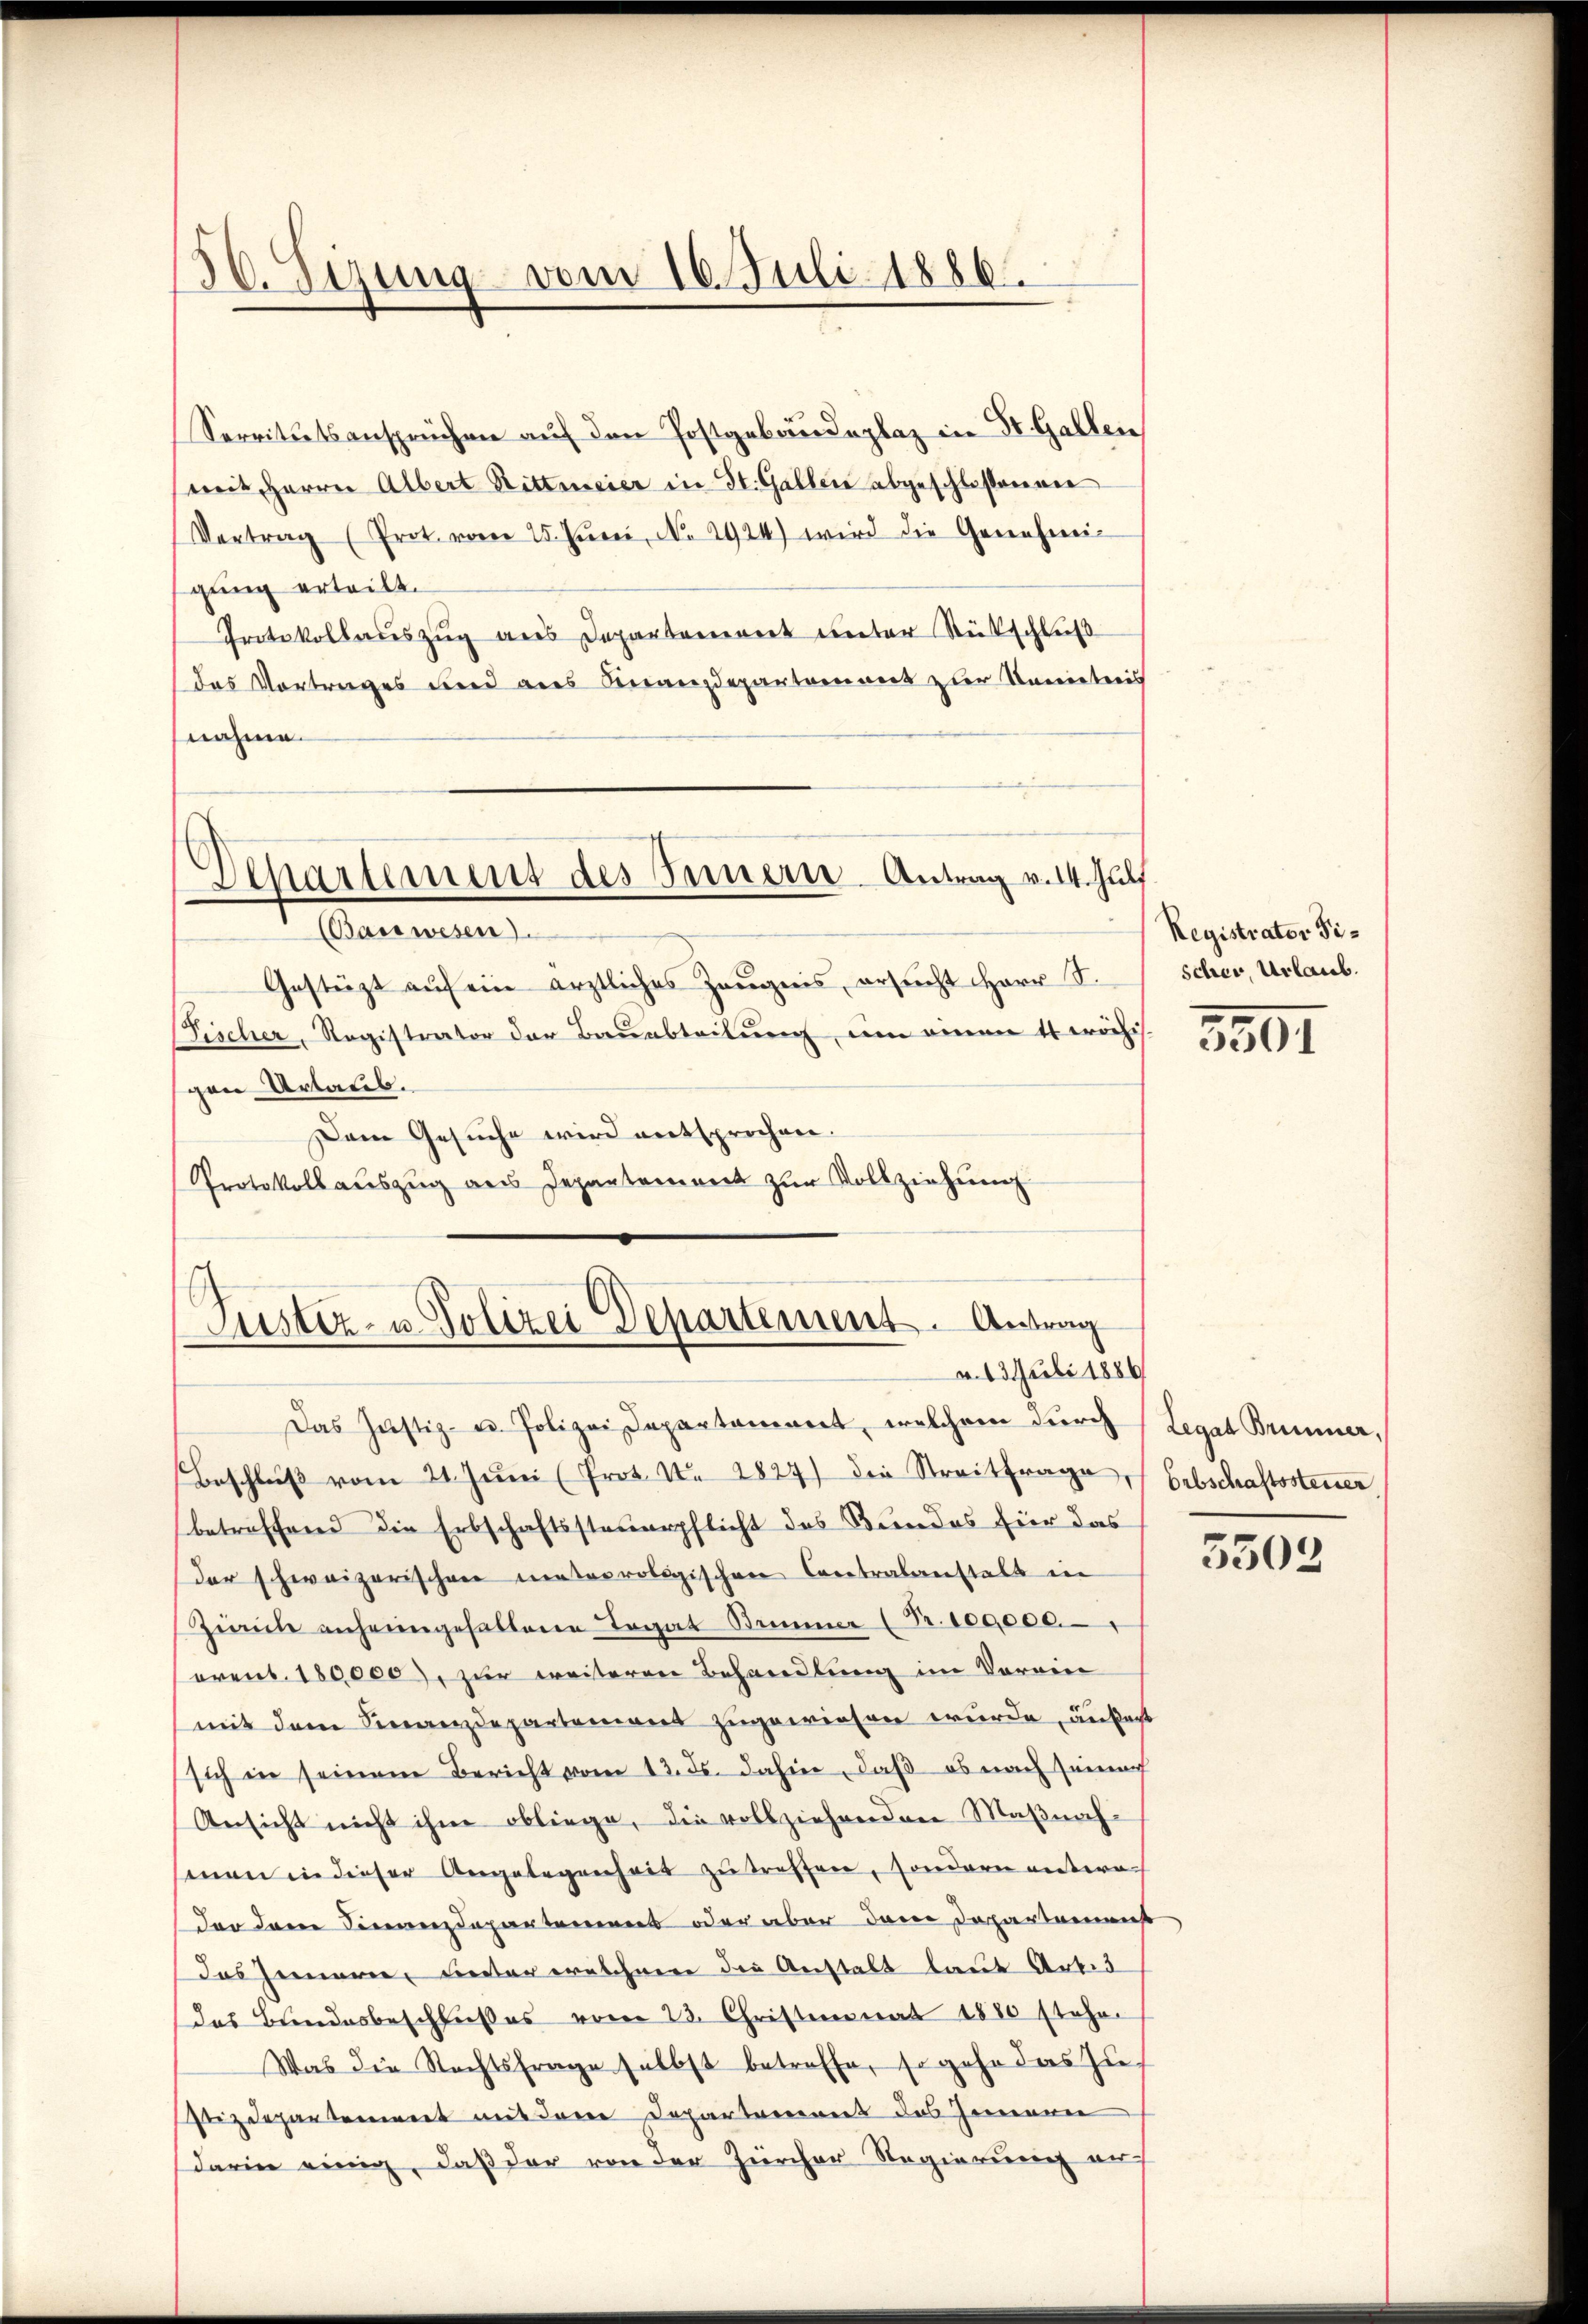
56. Sizung vom 10. Juli 1886.

Servitutsansprüchen auf den Postgebäudeplaz in St. Gallen
mit Herrn Albert Rittmeier in St. Gallen abgeschloßenen
Vertrag (Prot. vom 25. Jŭni No 2924) wird die Genehmigung erteilt.
Protokollauszug aus Departement unter Rütschluß
das Vortrages und aus Finanzdepartement zur Kenntnis
nahme.

Departement des Innern-Antrag v. 14. Juli

Justiz- u. Polizei Departement. Antrag
a. 13. Juli 1886/

Bauwesen.
Gestützt aŭf ein ärztliches Zeŭgnis, ersŭcht Herr S.
Fischer, Registrator der Bauabteilung, um einen 4 wöchis.
gen Urlaub.
Dem Gesuche wird entsprochen.
Protokollauszug aus Departement zur Vollziehung

Das Justiz- u. Polizei Departament, welchem durch (Legat Brunner,
Beschlŭβ vom 21. Jŭni Prot. N. 2827) die Streitfrage, Erbschaftssteuer
betreffend die Erbschaftssteuerpflicht des Bundes für das
der schweizerischen meteorologischen Contralanstalt in
Zürich anheimgehaltene Legat Simmer (Fr. 100,000.
arent. 180,000), zur weiteren Behandlung im Verein
mit dem Finanzdepartement zugewiesen wurde, äußert
sich in seinem Bericht vom 13. ds. dahin, daß es nach seiner
Ansicht nicht ihme obliege, die vollziehenden Maßnahsenen in dieser Angelegenheit zu treffen, sondern unteroder dann Finanzdepartement oder aber dem Departamus
Das Gemarie, Rector welchnen die Anstalt laut Arbei
das Bundesbeschlußes vom 23. Christmonat 1880 stehen
Was die Rechtsfrage selbst betreffe, so gehe das Zu-
stizdepartement mit dem Departement des Zimmern
darin einig, daß der von der Zürcher Regierung auf

Registrator Fischer, Urlaub.

3501

5503